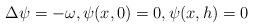
LaTeX: \begin{align*}\Delta \psi=-\omega, \psi(x,0)=0, \psi(x, h)=0\end{align*}